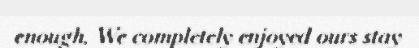
enough. We completely enjoyed ours stay